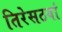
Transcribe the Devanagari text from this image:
तिरेसठवां